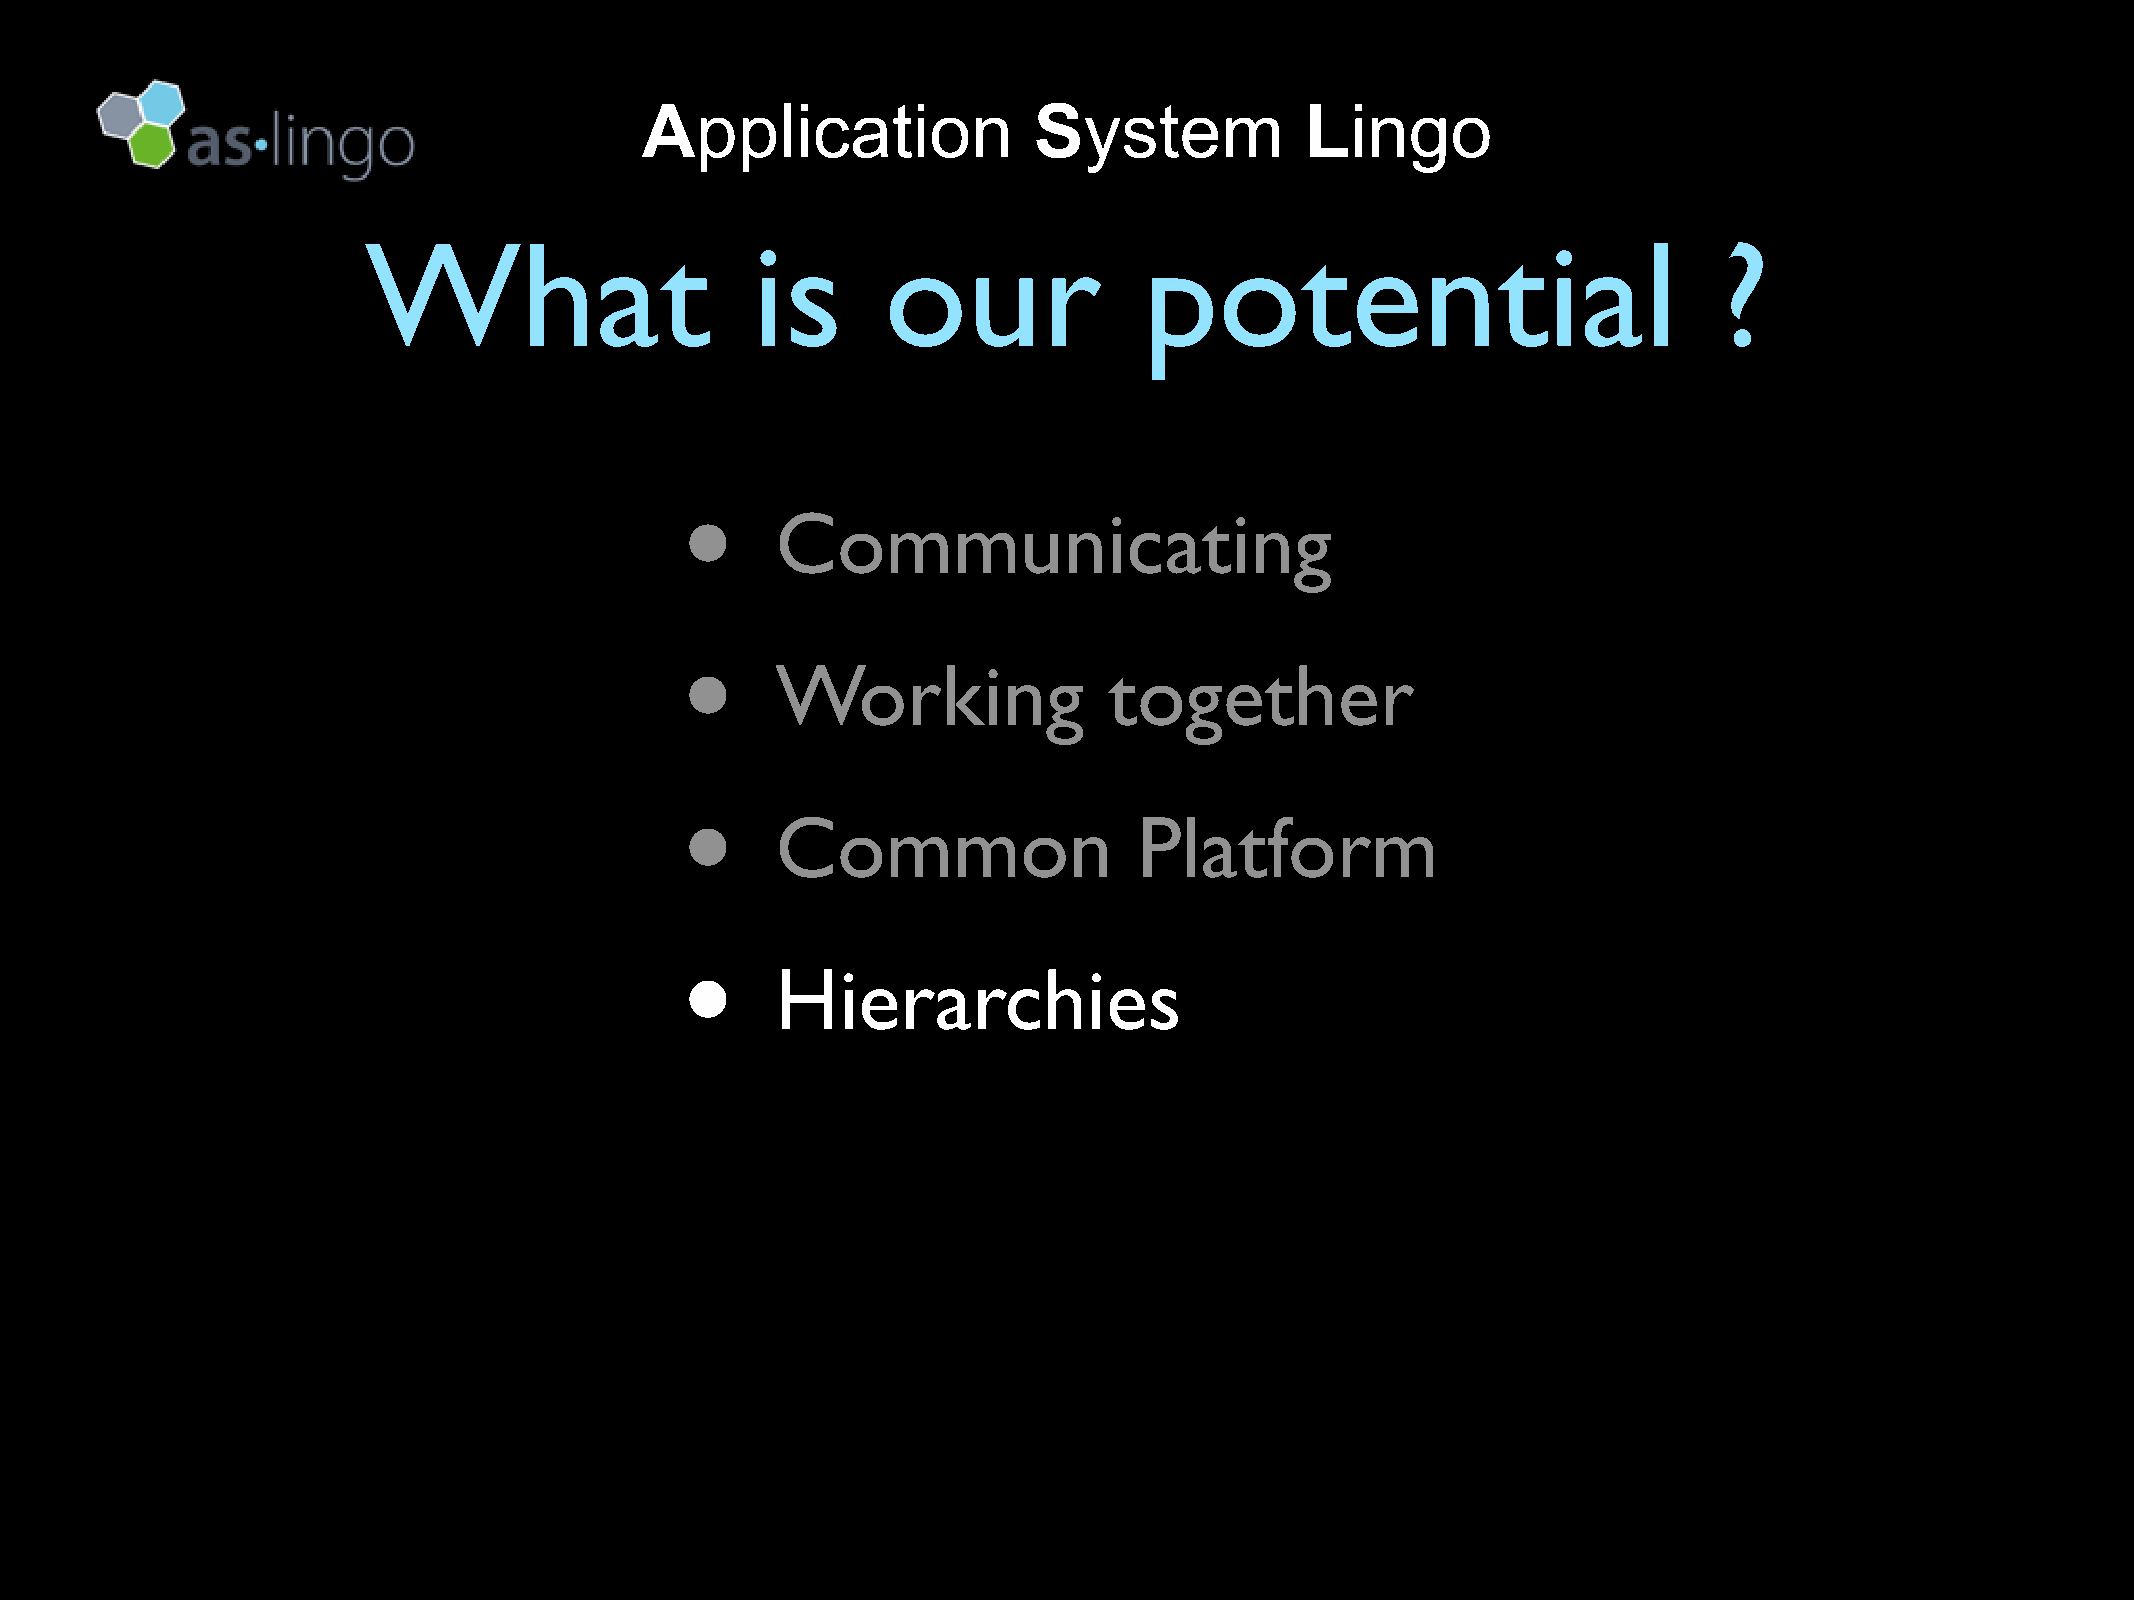
Application               System            Lingo
 What                      is       our              potential                             ?
 •
 Communicating
 •
 Working               together
 •
 Common                  Platform
 •
 Hierarchies
 •
 Reducing               risk
 •
 Cutting            cost